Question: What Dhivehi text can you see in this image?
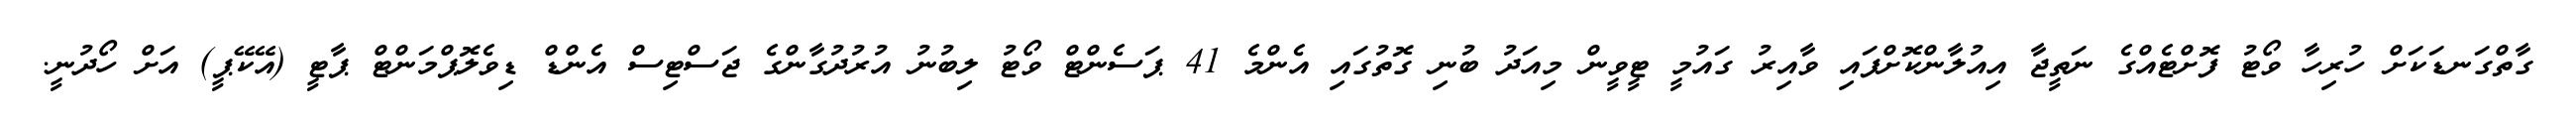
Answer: ގާތްގަނޑަކަށް ހުރިހާ ވޯޓު ފޮށްޓެއްގެ ނަތީޖާ އިއުލާންކޮށްފައި ވާއިރު ގައުމީ ޓީވީން މިއަދު ބުނި ގޮތުގައި އެންމެ 41 ޕަސެންޓް ވޯޓު ލިބުނު އުރުދުގާންގެ ޖަސްޓިސް އެންޑް ޑިވެލޮޕްމަންޓް ޕާޓީ (އޭކޭޕީ) އަށް ހޯދުނީ.